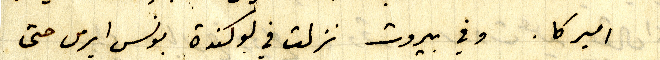
اميركا. وفي بيروت نزلت في لوكندة بونس ايرس حتى